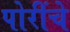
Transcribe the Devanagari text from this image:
पोरींचे